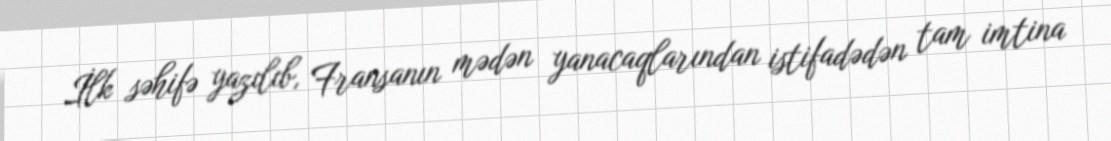
İlk səhifə yazılıb, Fransanın mədən yanacaqlarından istifadədən tam imtina